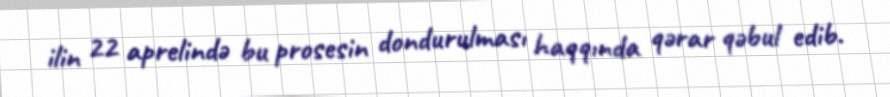
ilin 22 aprelində bu prosesin dondurulması haqqında qərar qəbul edib.